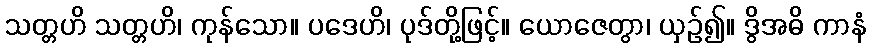
သတ္တဟိ သတ္တဟိ၊ ကုန်သော။ ပဒေဟိ၊ ပုဒ်တို့ဖြင့်။ ယောဇေတွာ၊ ယှဉ်၍။ ဒွိအဓိ ကာနံ